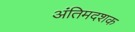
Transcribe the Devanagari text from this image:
अंतिमदशक